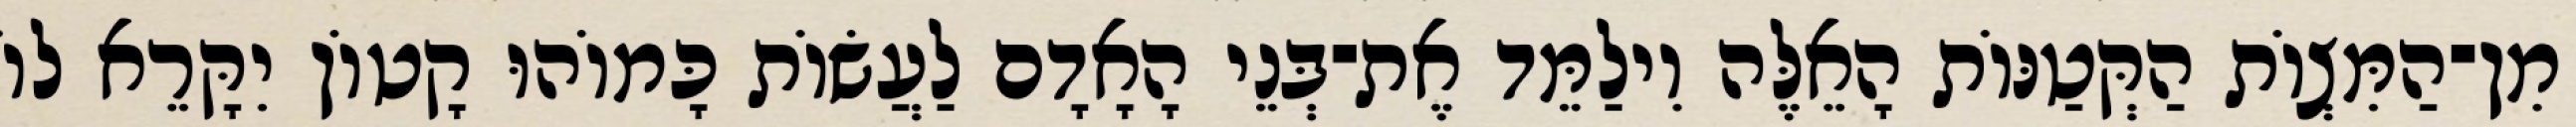
מִן־הַמִּצְוֹת הַקְּטַנּוֹת הָאֵלֶּה וִילַמֵּד אֶת־בְּנֵי הָאָדָם לַעֲשׂוֹת כָּמוֹהוּ קָטוֹן יִקָּרֵא לוֹ